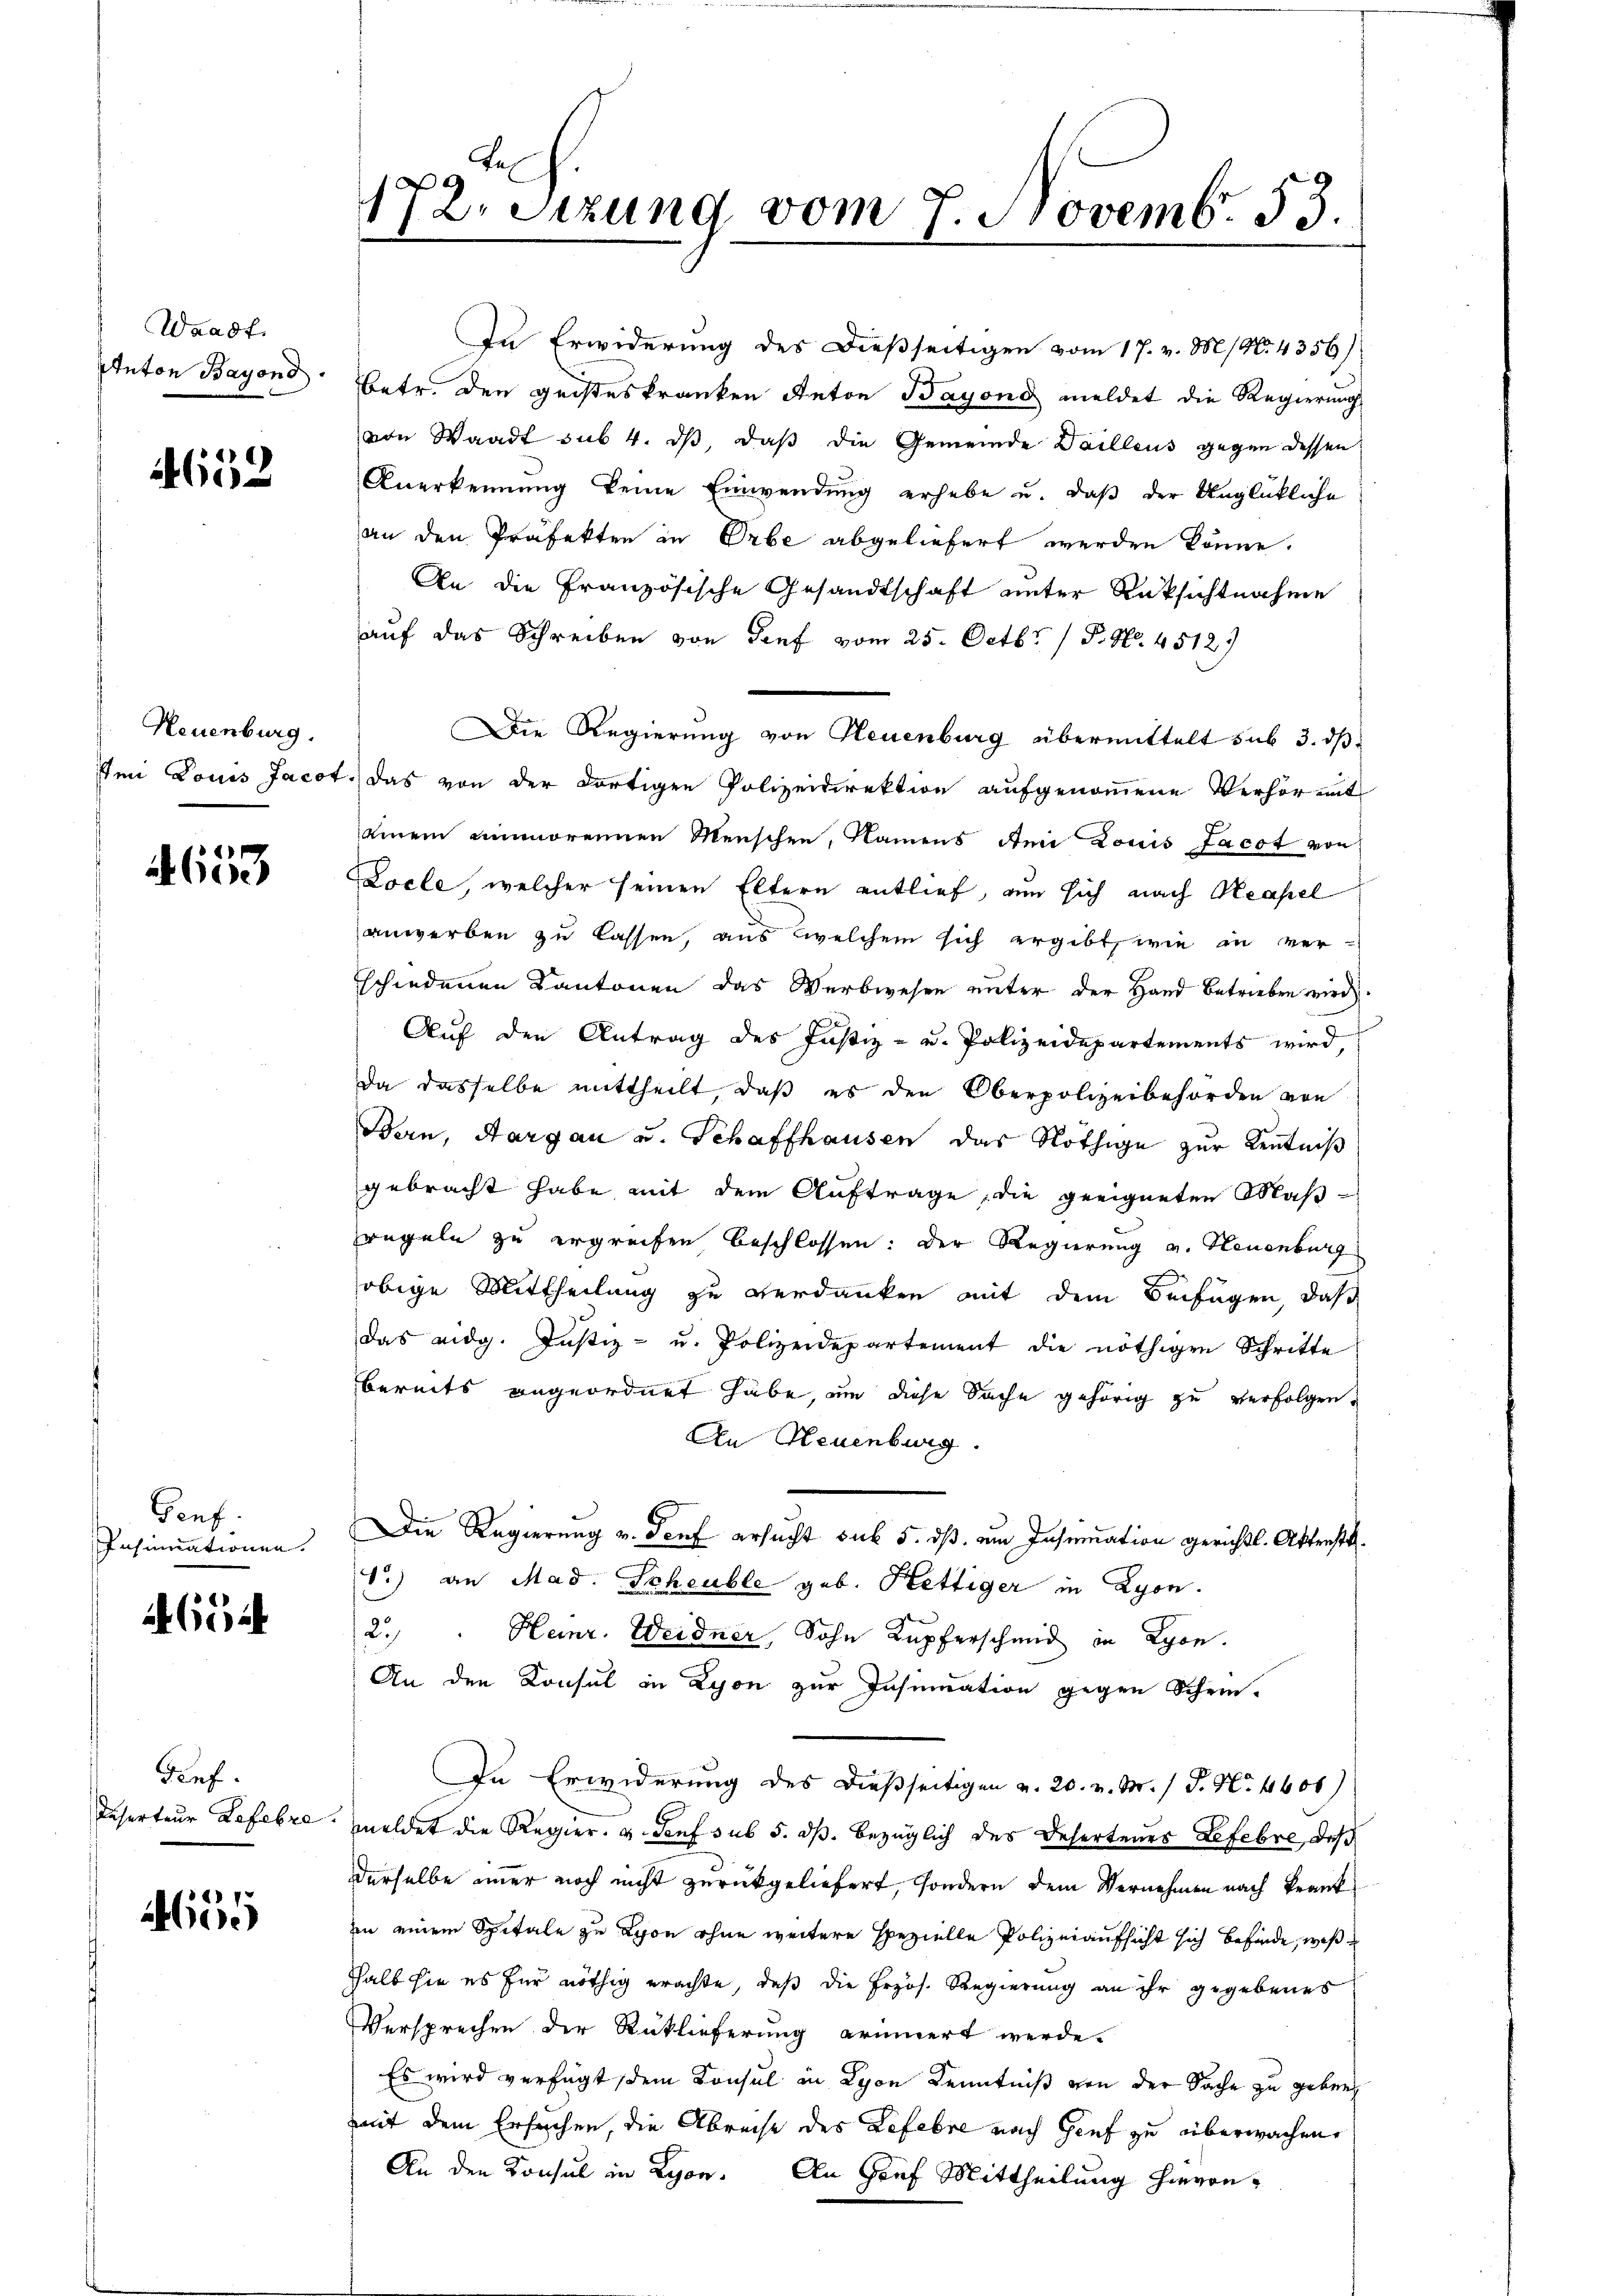
Waadt.
Anton Bayond.

652

Neuenburg.
Imi Louis Jacot

4
Abde

Genf.
Insinuationen.

4664

Genf.
Reserteur Lefebre

1465

t
172. Sitzung vom 7. Novemb. 53.

In Erwiderung des dießseitigen vom 17. v. M. N. 4356)
Betr. den geisteskranken Anton Bayond meldet die Regierung
von Waadt sub 4. ds, daß die Gemeinde Dailleus gegen dessen
Anerkennung keine Einwendung erhebe u. daß der Unglückliche
an den Präfekten in Erbe abgeliefert werden könne.
An die Französische Gesandtschaft unter Rüksichtnahme
auf das Schreiben von Genf vom 25. Octbr. 1 P. Nr. 45129
Die Regierung von Neuenburg übermittelt sub 3. ds
das von der dortigen Polizeidirektion aufgenommene Verhör mit
einem unmoreinen Menschen, Namens Ami Louis Jacot von
Locle, welcher seinen Eltern entlief, um sich nach Neapel
anwerben zu lassen, aus welchem sich ergibt, wie in verschiedenen Kantonen das Werbwesen unter der Hand betrieben wird.
Auf den Antrag des Justiz- u. Polizeidepartements wird,
Da dasselbe mittheilt, daß es den Oberpolizeibehörden von
Bern, Aargau u. Schaffhausen das Nöthige zur Kenntniß
gebracht habe, mit dem Auftrage, die geeigneten Maßregeln zu ergreifen beschlossen: Der Regierung v. Neuenburg
obige Mittheilung zu verdanken mit dem Beifügen, daß
das eidg. Justiz- u. Polizeidepartement die nöthigen Schritte
bereits angeordnet habe, um diese Sache gehörig zu verfolgen.
An Neuenburg.
Die Regierung v. Senf ersucht sub 5. dß ein Insemation gerichtl. Aktenstk
1.) an Mad. Scheuble geb. Hettiger in Lyon.
2.) " Heinr. Weidner, Sohn Kupferschmid in Lyon.
An den Konsul in Lyon zur Insinuation gegen Schein-
In Erwiderung des dießseitigen v. 20. v. M. / P. N. 4600)
meldet die Regier. v. Genf sub 5. dß. bezüglich des Behertenes Lefevre, daß
derselbe einer noch nicht zurückgeliefert, sondern dem Vernehmen nach Krankin einem Spitale zu Lyon ohne weitere spezielle Polizeiaufsicht sich befinde, weß
shalb sie es für nöthig erachte, daß die Erzös. Regierung an ihr gegebenes
Versprechen der Rücklieferung erinnert werde.
Es wird verfügt, dem Konsul in Lyon Kenntniß von der Sache zu geben
mit dem Ersuchen die Abreise des Lefebre nach Genf zu überwachen.
An den Konsul in Lyon. An Graf Mittheilung hievon